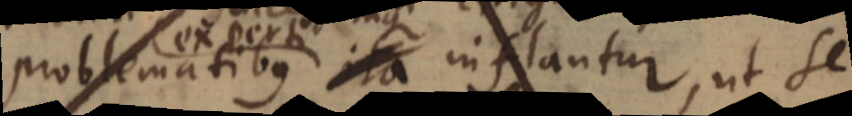
problematibus ita inflantur, ut se